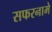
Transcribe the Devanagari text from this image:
सफरनामे